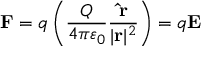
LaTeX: \mathbf { F } = q \left( { \frac { Q } { 4 \pi \varepsilon _ { 0 } } } { \frac { \mathbf { \hat { r } } } { | \mathbf { r } | ^ { 2 } } } \right) = q \mathbf { E }